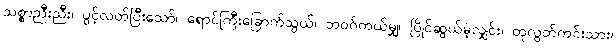
သစ္စာညီးညီး၊ ပွင့်လတ်ပြီးသော်၊ ရောင်ကြီးခြောက်သွယ်၊ ဘဝဂ်ကယ်မျှ၊ ပြိုင်ဆွယ်မဲ့လျှင်း၊ တုလွတ်ကင်းသား၊